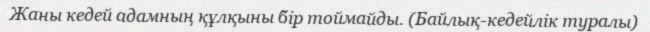
Жаны кедей адамның құлқыны бір тоймайды. (Байлық-кедейлік туралы)